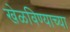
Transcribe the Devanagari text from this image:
खेळविण्याच्या